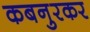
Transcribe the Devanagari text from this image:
कबनुरकर